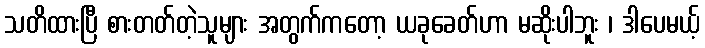
သတိထားပြီ စားတတ်တဲ့သူများ အတွက်ကတော့ ယခုခေတ်ဟာ မဆိုးပါဘူး ၊ ဒါပေမယ့်